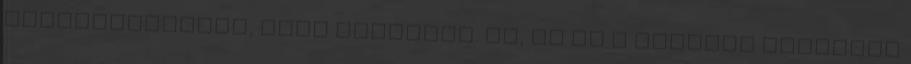
bizonygathatom, hogy ártatlan. Na, jó ez a bűnügyi hasonlat